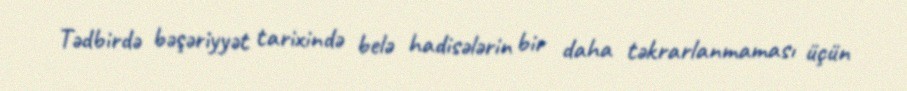
Tədbirdə bəşəriyyət tarixində belə hadisələrin bir daha təkrarlanmaması üçün